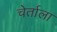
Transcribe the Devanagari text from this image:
चेर्ताला